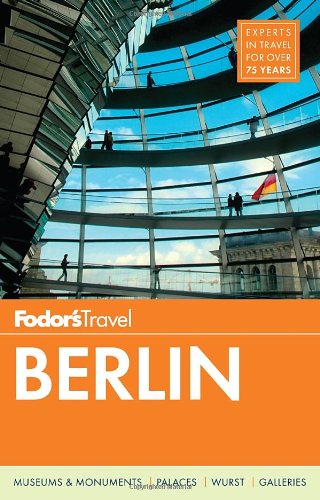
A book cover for Fodor's Berlin (Travel Guide); Fodor's; Travel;